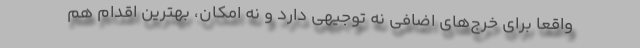
واقعا برای خرج‌های اضافی نه توجیهی دارد و نه امکان، بهترین اقدام هم